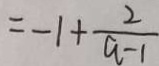
= - 1 + \frac { 2 } { a - 1 }